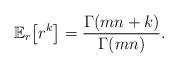
LaTeX: \begin{align*}\mathbb{E}_{r}\!\left[r^{k}\right]=\frac{\Gamma(mn+k)}{\Gamma(mn)}.\end{align*}